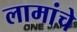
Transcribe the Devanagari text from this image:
लामांचे